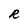
Character: R